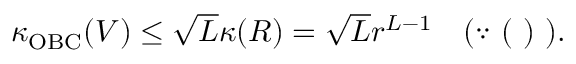
\begin{array} { r } { \kappa _ { \mathrm { O B C } } ( V ) \leq \sqrt { L } \kappa ( R ) = \sqrt { L } r ^ { L - 1 } \quad ( \because \mathrm { ~ ( ~ ) ~ } ) . } \end{array}